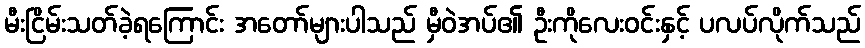
မီးငြိမ်းသတ်ခဲ့ရကြောင်း အတော်များပါသည် မှီဝဲအပ်၏ ဦးကိုလေးဝင်းနှင့် ပလပ်လိုက်သည်